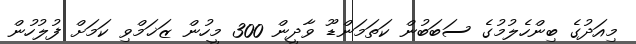
މިއަދުގެ ބިންހެލުމުގެ ސަބަބުން ކަތަމަންޑޫ ވާދީން 300 މީހުން ޒަޚަމްވި ކަމަށް ފުލުހުން